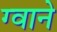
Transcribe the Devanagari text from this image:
ग्वाने